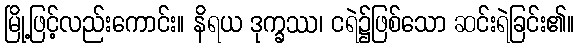
မြို့ဖြင့်လည်းကောင်း။ နိရယ ဒုက္ခဿ၊ ငရဲ၌ဖြစ်သော ဆင်းရဲခြင်း၏။